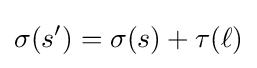
\sigma (s')=\sigma (s)+\tau (\ell )